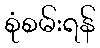
စုံစမ်းရန်